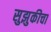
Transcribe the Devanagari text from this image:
सुझुकीचा